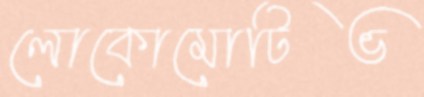
লোকোমোটিভ